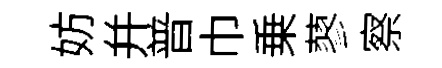
妨并普巾乗蓼察